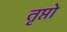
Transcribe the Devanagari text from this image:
तृप्तो